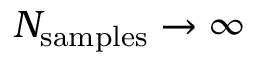
N _ { \mathrm { s a m p l e s } } \rightarrow \infty